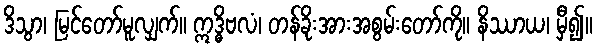
ဒိသွာ၊ မြင်တော်မူလျှက်။ ဣဒ္ဓိဗလံ၊ တန်ခိုးအားအစွမ်းတော်ကို။ နိဿာယ၊ မှီ၍။